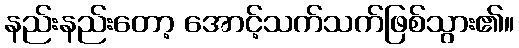
နည်းနည်းတော့ အောင့်သက်သက်ဖြစ်သွား၏။